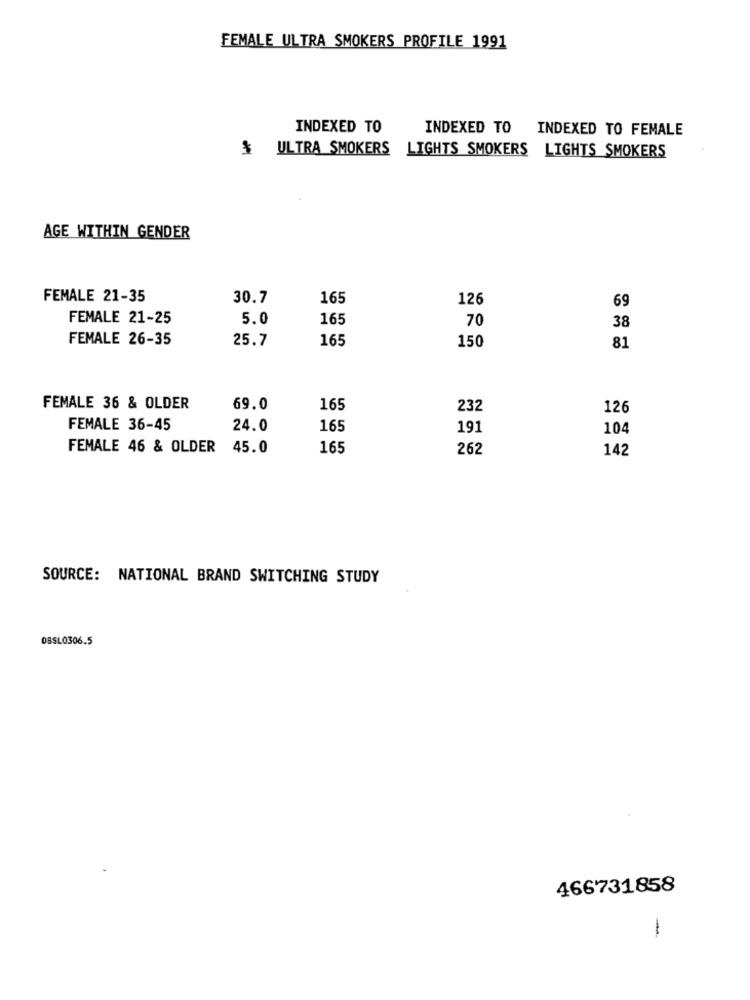
FEMALE ULTRA SMOKERS PROFILE 1991
INDEXED TO
INDEXED TO INDEXED TO FEMALE
$ ULTRA SMOKERS
LIGHTS SMOKERS LIGHTS SMOKERS
AGE WITHIN GENDER
FEMALE 21-35
30.7
165
126
69
FEMALE 21-25
5.0
165
70
38
FEMALE 26-35
25.7
165
150
81
FEMALE 36 & OLDER
69.0
165
232
126
FEMALE 36-45
24.0
165
191
104
FEMALE 46 & OLDER
45.0
165
262
142
SOURCE: NATIONAL BRAND SWITCHING STUDY
OBSL0306.5
466731858